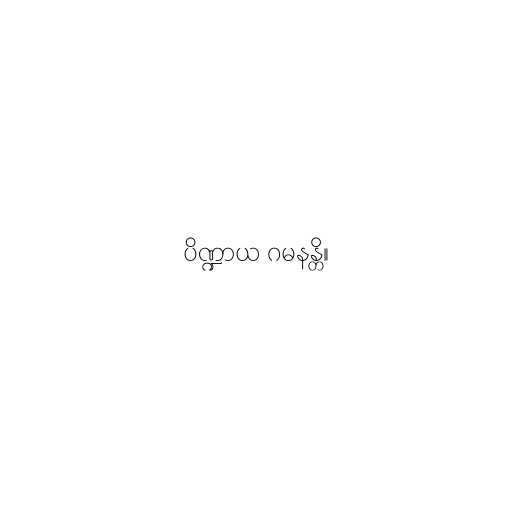
ပိဏ္ဍာယ ဂမနန္တိ။